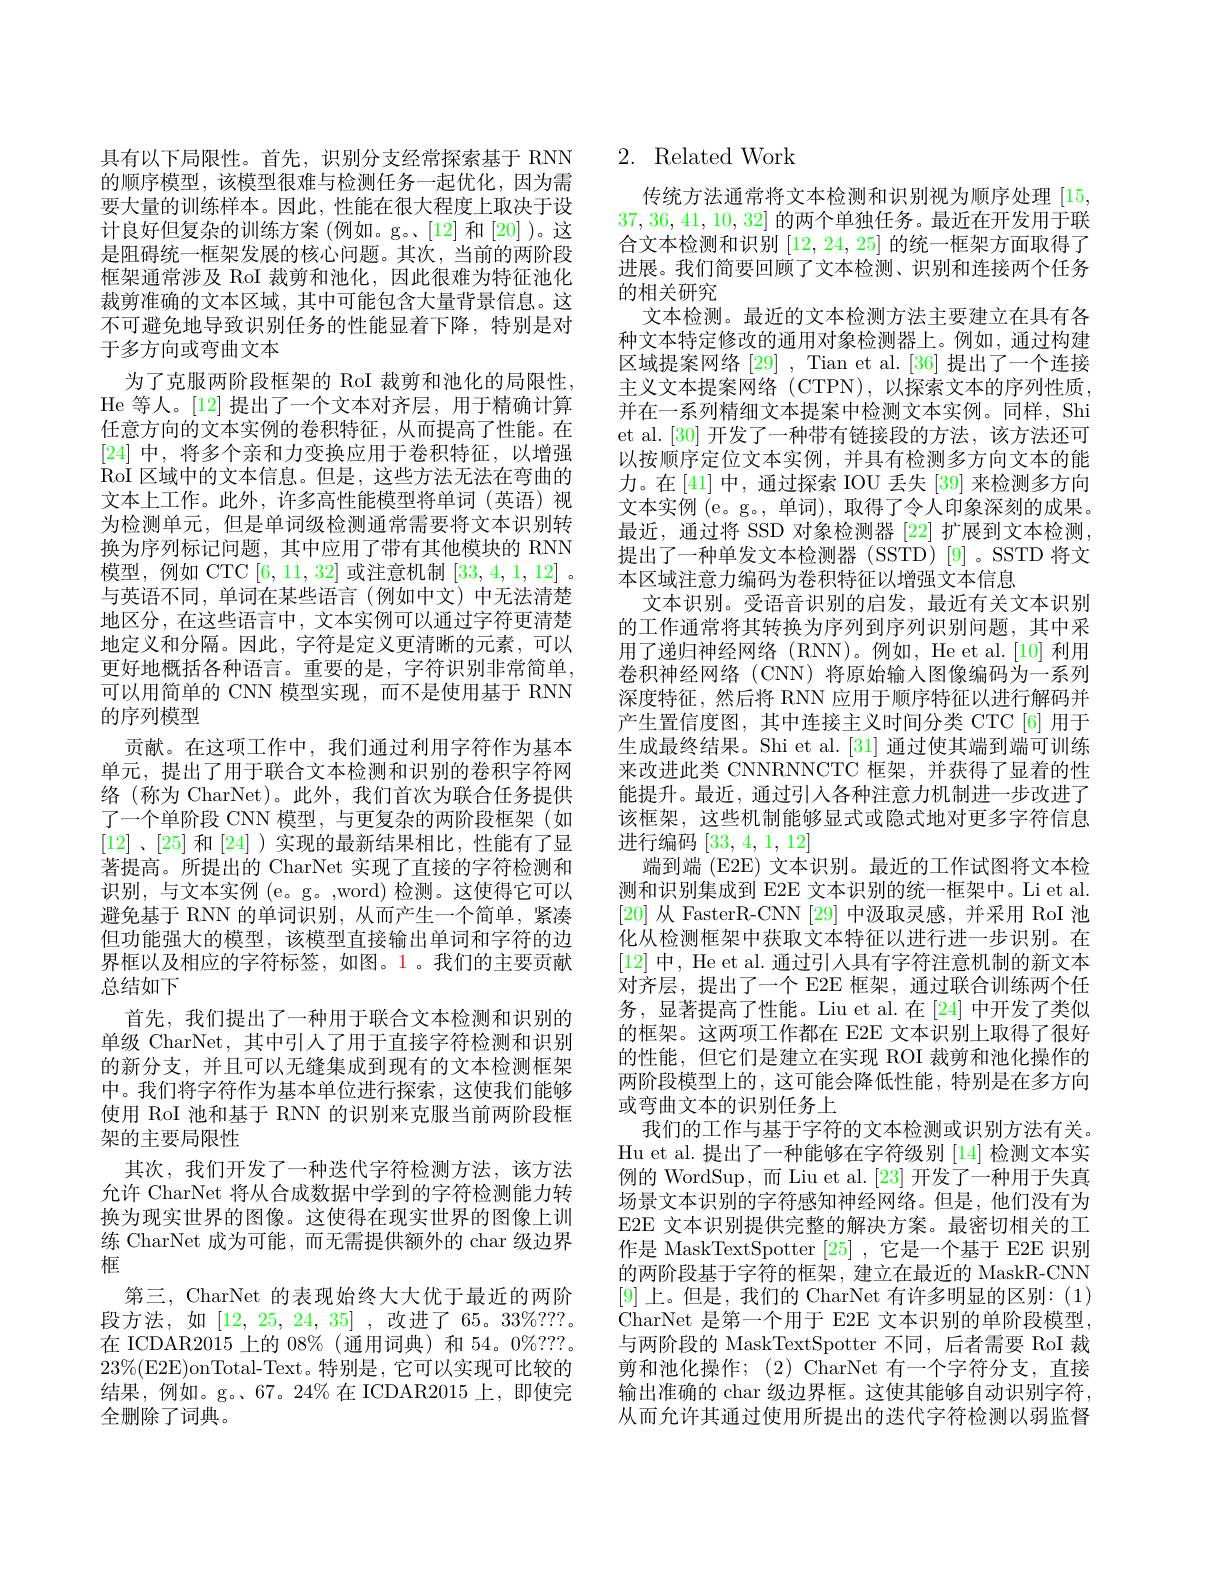
的顺序模型，该模型很难与检测任务一起优化，因为需要大量的训练样本。因此，性能在很大程度上取决于设计良好但复杂的训练方案 (例如。g。[12] 和[20] )。这是阻碍统一框架发展的核心问题。其次，当前的两阶段框架通常涉及 RoI 裁剪和池化，因此很难为特征池化裁剪准确的文本区域，其中可能包含大量背景信息。这不可避免地导致识别任务的性能显着下降，特别是对于多方向或弯曲文本
为了克服两阶段框架的 RoI 裁剪和池化的局限性， He 等人。[12] 提出了一个文本对齐层，用于精确计算任意方向的文本实例的卷积特征，从而提高了性能。在[24]中，将多个亲和力变换应用于卷积特征，以增强$\dot{\mathrm{RoI}}$区域中的文本信息。但是，这些方法无法在弯曲的文本上工作。此外，许多高性能模型将单词(英语)视为检测单元，但是单词级检测通常需要将文本识别转换为序列标记问题，其中应用了带有其他模块的 RNN 模型，例如 CTC [6,11,32]或注意机制[33,4,1,12] 。与英语不同，单词在某些语言(例如中文)中无法清楚地区分，在这些语言中，文本实例可以通过字符更清楚地定义和分隔。因此，字符是定义更清晰的元素，可以更好地概括各种语言。重要的是，字符识别非常简单， 可以用简单的 CNN 模型实现，而不是使用基于 RNN 的序列模型
贡献。在这项工作中，我们通过利用字符作为基本单元，提出了用于联合文本检测和识别的卷积字符网络(称为 CharNet)。此外，我们首次为联合任务提供了一个单阶段 CNN 模型，与更复杂的两阶段框架(如[12]、[25]和[24] )实现的最新结果相比，性能有了显著提高。所提出的 CharNet 实现了直接的字符检测和识别，与文本实例(e。g。,word)检测。这使得它可以避免基于 RNN 的单词识别，从而产生一个简单，紧凑但功能强大的模型，该模型直接输出单词和字符的边界框以及相应的字符标签，如图。1。我们的主要贡献总结如下
首先，我们提出了一种用于联合文本检测和识别的单级 CharNet, 其中引人了用于直接字符检测和识别的新分支，并且可以无缝集成到现有的文本检测框架中。我们将字符作为基本单位进行探索，这使我们能够使用 RoI 池和基于 RNN 的识别来克服当前两阶段框架的主要局限性
其次，我们开发了一种迭代字符检测方法，该方法允许 CharNet 将从合成数据中学到的字符检测能力转换为现实世界的图像。这使得在现实世界的图像上训练 CharNet 成为可能，而无需提供额外的 char 级边界框
第三，CharNet 的表现始终大大优于最近的两阶段方法，如[12,25,24,35],改进了65。33$\%???.$ 在 ICDAR2015 上的 08%(通用词典) 和 54。0%???. $23\%($E2E)onTotal-Text。特别是，它可以实现可比较的结果，例如。g。67。24%在 ICDAR2015 上，即使完全删除了词典。

# 具有以下局限性。首先，识别分支经常探索基于 RNN 2. Related Work

传统方法通常将文本检测和识别视为顺序处理[15,1] 37,36,41,10,32]的两个单独任务。最近在开发用于联合文本检测和识别[12,24,25]的统一框架方面取得了进展。我们简要回顾了文本检测、识别和连接两个任务的相关研究
文本检测。最近的文本检测方法主要建立在具有各种文本特定修改的通用对象检测器上。例如，通过构建区域提案网络 [29] , Tian et al. [36] 提出了一个连接主义文本提案网络(CTPN),以探索文本的序列性质， 并在一系列精细文本提案中检测文本实例。同样，Shi et al. [30] 开发了一种带有链接段的方法，该方法还可以按顺序定位文本实例，并具有检测多方向文本的能力。在[41]中，通过探索 IOU 丢失 [39] 来检测多方向文本实例 (e。g。, 单词), 取得了令人印象深刻的成果。最近，通过将 SSD 对象检测器 [22] 扩展到文本检测， 提出了一种单发文本检测器 (SSTD)[9]。SSTD 将文本区域注意力编码为卷积特征以增强文本信息
文本识别。受语音识别的启发，最近有关文本识别的工作通常将其转换为序列到序列识别问题，其中采用了递归神经网络(RNN)。例如，He et al.[10] 利用卷积神经网络(CNN)将原始输入图像编码为一系列深度特征，然后将 RNN 应用于顺序特征以进行解码并产生置信度图，其中连接主义时间分类 CTC[6]用于生成最终结果。Shi et al.[31] 通过使其端到端可训练来改进此类 CNNRNNCTC 框架，并获得了显着的性能提升。最近，通过引人各种注意力机制进一步改进了该框架，这些机制能够显式或隐式地对更多字符信息进行编码[33,4,1,12]
端到端 (E2E) 文本识别。最近的工作试图将文本检测和识别集成到 E2E 文本识别的统一框架中。Li et al. [20]从 FasterR-CNN [29] 中汲取灵感，并采用 RoI 池化从检测框架中获取文本特征以进行进一步识别。在[12]中，He et al. 通过引人具有字符注意机制的新文本对齐层，提出了一个 E2E 框架，通过联合训练两个任务，显著提高了性能。Liu et al.在[24] 中开发了类似的框架。这两项工作都在 E2E 文本识别上取得了很好的性能，但它们是建立在实现 ROI 裁剪和池化操作的两阶段模型上的，这可能会降低性能，特别是在多方向或弯曲文本的识别任务上
我们的工作与基于字符的文本检测或识别方法有关。Hu et al. 提出了一种能够在字符级别[14]检测文本实例的 WordSup,而 Liu et al. [23] 开发了一种用于失真场景文本识别的字符感知神经网络。但是，他们没有为E2E 文本识别提供完整的解决方案。最密切相关的工作是 MaskTextSpotter [25] ,它是一个基于 E2E 识别的两阶段基于字符的框架，建立在最近的 MaskR-CNN [9]上。但是，我们的 CharNet 有许多明显的区别：(1) CharNet 是第一个用于 E2E 文本识别的单阶段模型， 与两阶段的 MaskTextSpotter 不同，后者需要 RoI 裁剪和池化操作；(2) CharNet 有一个字符分支，直接输出准确的 char 级边界框。这使其能够自动识别字符， 从而允许其通过使用所提出的迭代字符检测以弱监督